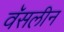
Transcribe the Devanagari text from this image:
वॅसलीन